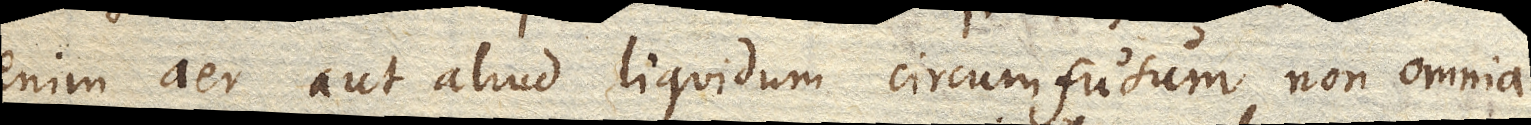
enim aer aut aliud liquidum circumfusum non omnia